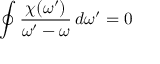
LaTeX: \oint { \frac { \chi ( \omega ^ { \prime } ) } { \omega ^ { \prime } - \omega } } \, d \omega ^ { \prime } = 0